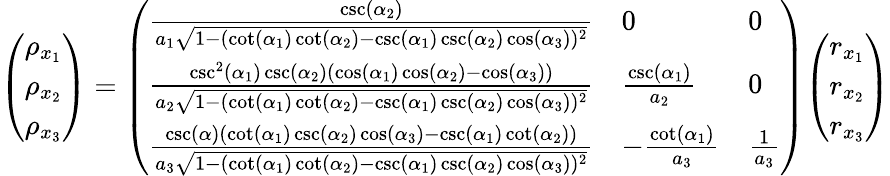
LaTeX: {\left(\begin{array}{l}{\rho_{x_{1}}}\\ {\rho_{x_{2}}}\\ {\rho_{x_{3}}}\end{array}\right)}={\left(\begin{array}{lll}{{\frac{\csc(\alpha_{2})}{a_{1}{\sqrt{1-(\cot(\alpha_{1})\cot(\alpha_{2})-\csc(\alpha_{1})\csc(\alpha_{2})\cos(\alpha_{3}))^{2}}}}}}&{0}&{0}\\ {{\frac{\csc^{2}(\alpha_{1})\csc(\alpha_{2})(\cos(\alpha_{1})\cos(\alpha_{2})-\cos(\alpha_{3}))}{a_{2}{\sqrt{1-(\cot(\alpha_{1})\cot(\alpha_{2})-\csc(\alpha_{1})\csc(\alpha_{2})\cos(\alpha_{3}))^{2}}}}}}&{{\frac{\csc(\alpha_{1})}{a_{2}}}}&{0}\\ {{\frac{\csc(\alpha)(\cot(\alpha_{1})\csc(\alpha_{2})\cos(\alpha_{3})-\csc(\alpha_{1})\cot(\alpha_{2}))}{a_{3}{\sqrt{1-(\cot(\alpha_{1})\cot(\alpha_{2})-\csc(\alpha_{1})\csc(\alpha_{2})\cos(\alpha_{3}))^{2}}}}}}&{-{\frac{\cot(\alpha_{1})}{a_{3}}}}&{{\frac{1}{a_{3}}}}\end{array}\right)}{\left(\begin{array}{l}{r_{x_{1}}}\\ {r_{x_{2}}}\\ {r_{x_{3}}}\end{array}\right)}